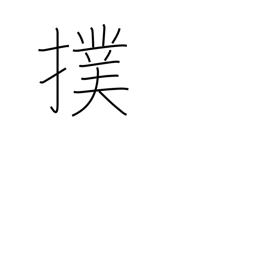
Meaning: slap